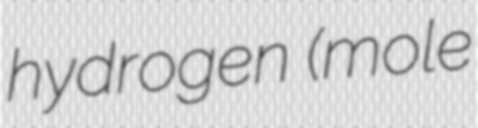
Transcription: hydrogen (mole